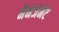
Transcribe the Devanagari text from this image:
मैनेजेमेंट